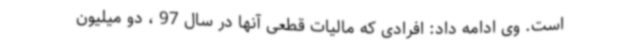
است. وی ادامه داد: افرادی که مالیات قطعی آنها در سال 97 ، دو میلیون